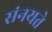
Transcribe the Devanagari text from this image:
संनयते